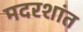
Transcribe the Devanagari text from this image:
मदरशांत